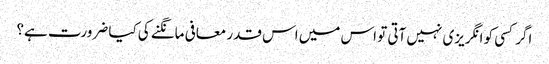
اگر کسی کو انگریزی نہیں آتی تو اس میں اس قدر معافی مانگنے کی کیا ضرورت ہے؟